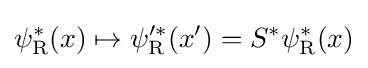
\psi _{\rm {R}}^{*}(x)\mapsto \psi _{\rm {R}}^{\prime *}(x^{\prime })=S^{*}\psi _{\rm {R}}^{*}(x)